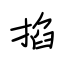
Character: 掐